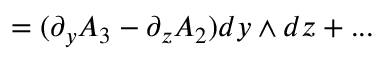
= ( \partial _ { y } A _ { 3 } - \partial _ { z } A _ { 2 } ) d y \wedge d z + . . .